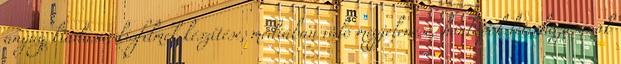
anyag kiadása, kisfilmek készítése, médiában való megjelenése, honlapok létrehozásának